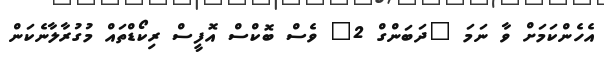
އެހެންކަމަށް ވާ ނަމަ "ދަބަންގް 2" ވެސް ބޮކްސް އޮފީސް ރިކޯޑްތައް މުގުރާލާނެކަން